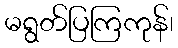
မရွတ်ပြကြကုန်၊